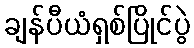
ချန်ပီယံရှစ်ပြိုင်ပွဲ